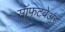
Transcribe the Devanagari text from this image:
सॉफटवेअर